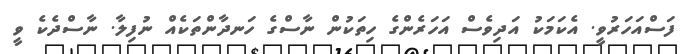
ފަސްއަހަރުވީ. އެކަމަކު އަދިވެސް އަހަރެންގެ ހިތަކުން ނާސްގެ ހަނދާންތަކެއް ނުފިލާ. ނާސްދެކެ ވީ